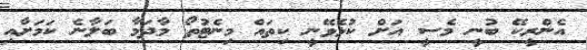
އެންރީކޭ ބުނީ މެސީ އަށް ކުޅެވޭނީ ކިތައް މިނެޓުތޯ މާދަމާ ބަލާނެ ކަމަށާއި